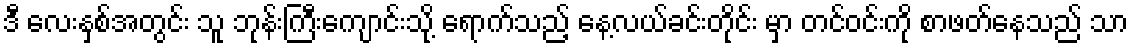
ဒီ လေးနှစ်အတွင်း သူ ဘုန်းကြီးကျောင်းသို့ ရောက်သည့် နေ့လယ်ခင်းတိုင်း မှာ တင်ဝင်းကို စာဖတ်နေသည် သာ